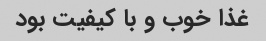
غذا خوب و با کیفیت بود